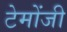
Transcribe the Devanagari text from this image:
टेमोंजी